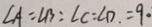
\angle A = \angle B = \angle C = \angle D = 9 0